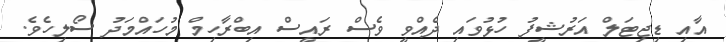
އާއި ޑިޖިޓަލް އަރުޝީފު ހުޅުވައި ދެއްވީ ވެސް ރައީސް އިބްރާހިމް މުހައްމަދު ސޯލިހެވެ.